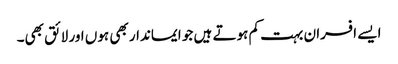
ایسے افسران بہت کم ہوتے ہیں جو ایماندار بھی ہوں اور لائق بھی۔